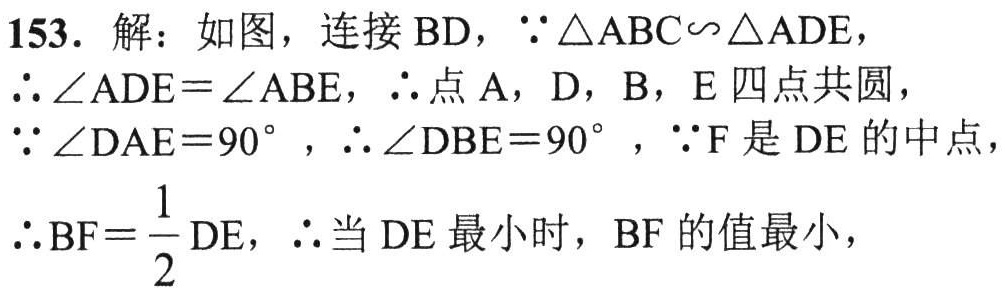
153. 解：如图，连接 \(BD\)，\(\because\triangle ABC\sim\triangle ADE\)，

\(\therefore\angle ADE = \angle ABE\)，\(\therefore\)点 \(A\)，\(D\)，\(B\)，\(E\) 四点共圆，

\(\because\angle DAE = 90^{\circ}\)，\(\therefore\angle DBE = 90^{\circ}\)，\(\because F\) 是 \(DE\) 的中点，

\(\therefore BF=\frac{1}{2}DE\)，\(\therefore\) 当 \(DE\) 最小时，\(BF\) 的值最小，